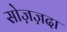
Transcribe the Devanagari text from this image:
सोज़ज़दा